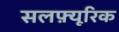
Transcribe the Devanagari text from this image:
सलफ़्यूरिक